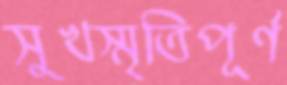
সুখস্মৃতিপূর্ণ